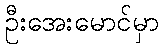
ဦးအေးမောင်မှာ